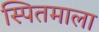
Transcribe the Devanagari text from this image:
स्पितमाला